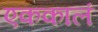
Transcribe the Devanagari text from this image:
एककालं